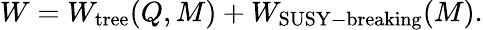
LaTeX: W=W_{\mathrm{tree}}(Q,M)+W_{\mathrm{SUSY-breaking}}(M).